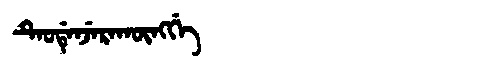
Manchu: ᡨᡝᠣᡩᡝᠨᠵᡝᡵᠠᡴᡡᠩᡤᡝ
Romanization: TEODENJERAKŪNGGE